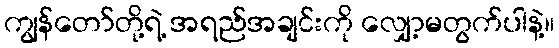
ကျွန်တော်တို့ရဲ့ အရည်အချင်းကို လျှော့မတွက်ပါနဲ့။